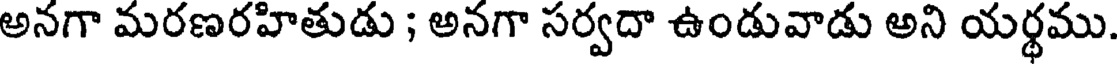
అనగా మరణరహితుడు ; అనగా సర్వదా ఉండువాడు అని యర్థము.